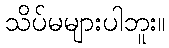
သိပ်မများပါဘူး။